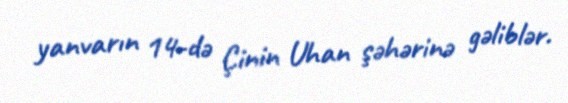
yanvarın 14-də Çinin Uhan şəhərinə gəliblər.